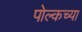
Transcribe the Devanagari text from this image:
पोल्कच्या